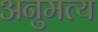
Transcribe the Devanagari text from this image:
अनुमत्य